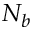
N _ { b }